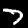
Digit: 7